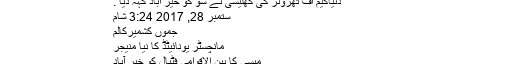
سری نگر جیل سے فرار کے قیدی میر احمد کی حالت زار تحریر
دنیاگیم آف تھرونز کی کھلیسی نے شو کو خیر آباد کہہ دیا .
ستمبر 28, 2017 3:24 شام
جموں کشمیرکالم
مانچسٹر یونائیٹڈ کا نیا منیجر
میسی کا بین الاقوامی فٹبال کو خیر آباد
گیم آف تھرونز کی کھلیسی نے شو کو خیر آباد کہہ دیا . جون 28, 2018